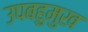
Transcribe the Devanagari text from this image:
उपबहुमुख